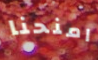
امنحنا